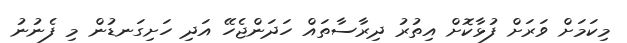
މިކަމަށް ވަރަށް ފުޅާކޮށް އިތުރު ދިރާސާތައް ހަދަންޖެހޭ އަދި ހަށިގަނޑުން މި ފެނުނު